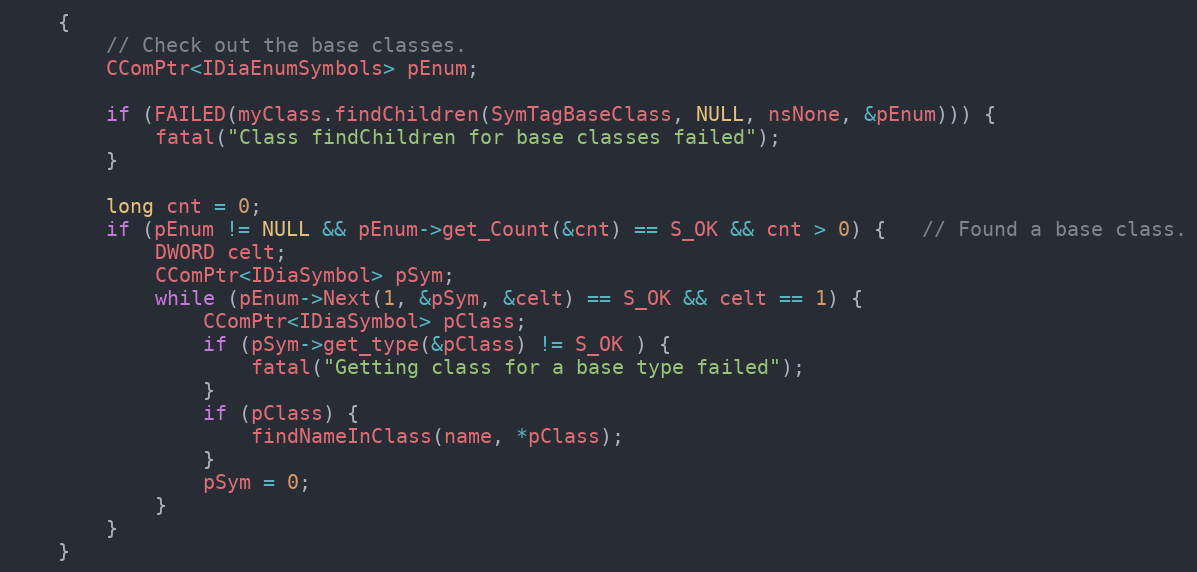
Language: C++
	{
		// Check out the base classes.
		CComPtr<IDiaEnumSymbols> pEnum;

		if (FAILED(myClass.findChildren(SymTagBaseClass, NULL, nsNone, &pEnum))) {
			fatal("Class findChildren for base classes failed");
		}

		long cnt = 0;
		if (pEnum != NULL && pEnum->get_Count(&cnt) == S_OK && cnt > 0) {   // Found a base class.
			DWORD celt;
			CComPtr<IDiaSymbol> pSym;
			while (pEnum->Next(1, &pSym, &celt) == S_OK && celt == 1) {
				CComPtr<IDiaSymbol> pClass;
				if (pSym->get_type(&pClass) != S_OK ) {
					fatal("Getting class for a base type failed");
				}
				if (pClass) {
					findNameInClass(name, *pClass);
				}
				pSym = 0;
			}
		}
	}